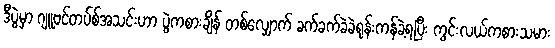
ဒီပွဲမှာ ဂျူဗင်တပ်စ်အသင်းဟာ ပွဲကစားချိန် တစ်လျှောက် ခက်ခက်ခဲခဲရုန်းကန်ခဲ့ရပြီး ကွင်းလယ်ကစားသမား